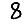
Digit: 8